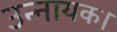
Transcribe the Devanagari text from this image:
उन्नायक।